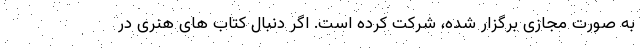
به صورت مجازی برگزار شده، شرکت کرده است. اگر دنبال کتاب های هنری در